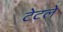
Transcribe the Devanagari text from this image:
टेटले